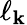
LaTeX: \ell_{\mathbf{k}}